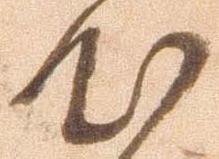
心